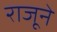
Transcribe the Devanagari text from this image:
राजूने